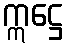
ဣဋ္ဌေ